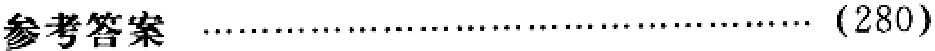
参考答案 \dotfill (280)